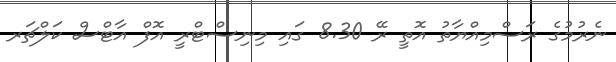
ނެރުމުގެ ރަސްމިއްޔާތު އޮތީ ރޭ 8.30 ގައި މިނިސްޓްރީ އޮފް އާޓްސް ކަލްޗަރ